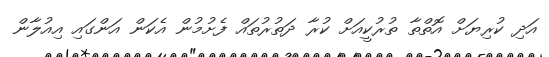
އަދި ކުރިޔަށް އޮތްތާ ތުރުކީއަށް ކުރާ ދަތުރުތައް ފެށުމުން އެކަން އަންގައި އިއުލާން